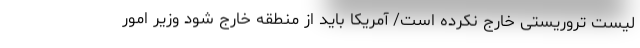
لیست تروریستی خارج نکرده است/ آمریکا باید از منطقه خارج شود وزیر امور